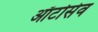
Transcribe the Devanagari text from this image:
ऑटोसेव